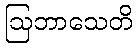
ဩဘာသေတိ